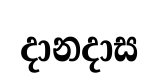
දානදාස